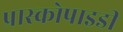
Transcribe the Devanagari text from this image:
प्रास्कोपाइडी